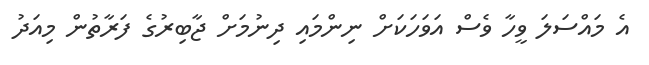
އެ މައްސަލަ ވީހާ ވެސް އަވަހަކަށް ނިންމައި ދިނުމަށް ޖާބިރުގެ ފަރާތުން މިއަދު